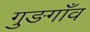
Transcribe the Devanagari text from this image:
गुङगाँव